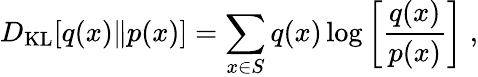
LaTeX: D_{\mathrm{KL}}[q(x)\| p(x)]=\sum_{x\in S}q(x)\log\left[\frac{q(x)}{p(x)}\right]\; ,